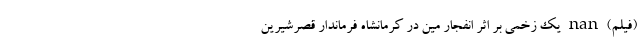
(فیلم) nan یک زخمی بر اثر انفجار مین در کرمانشاه فرماندار قصرشیرین